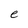
Character: e